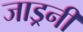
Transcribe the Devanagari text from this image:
जाड्रनी